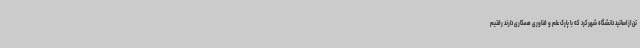
تن از اساتید دانشگاه شهرکرد که با پارک علم و فناوری همکاری دارند رفتیم